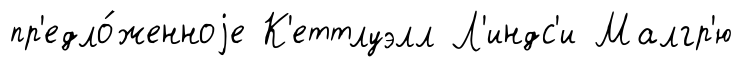
пр'едло́женноjе К'еттлуэлл Л'индс'и Малгр'ю